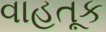
વાહતૂક